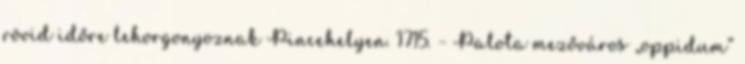
rövid időre lehorgonyoznak Pincehelyen. 1715. – Palota mezőváros „oppidum”